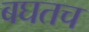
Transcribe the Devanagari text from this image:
बघतच